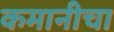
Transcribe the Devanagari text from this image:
कमानीचा